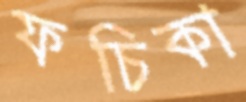
ফচিকা